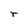
Character: r